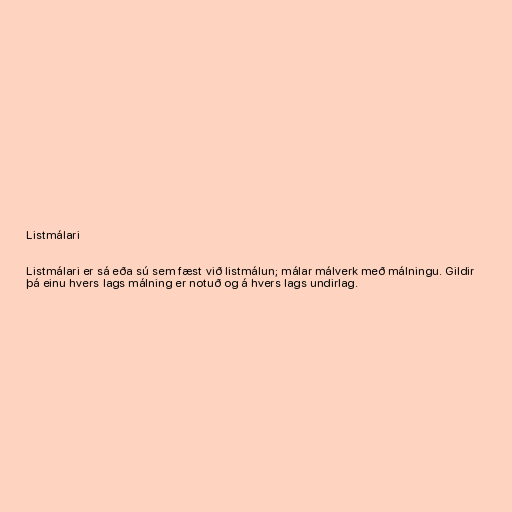
Listmálari

Listmálari er sá eða sú sem fæst við listmálun; málar málverk með málningu. Gildir
þá einu hvers lags málning er notuð og á hvers lags undirlag.